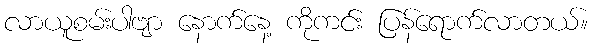
လာယူစမ်းပါဗျာ နောက်နေ့ ကိုကင်း ပြန်ရောက်လာတယ်။